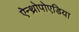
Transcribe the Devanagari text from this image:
ऐन्थ्रोपोएडिया